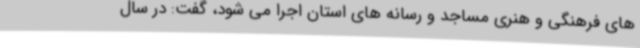
های فرهنگی و هنری مساجد و رسانه های استان اجرا می شود، گفت: در سال